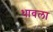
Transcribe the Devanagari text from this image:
थावला